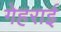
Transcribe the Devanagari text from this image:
गेहराई